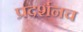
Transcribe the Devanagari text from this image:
प्रदर्शनच